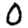
Digit: 0